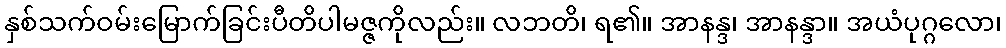
နှစ်သက်ဝမ်းမြောက်ခြင်းပီတိပါမဇ္ဇကိုလည်း။ လဘတိ၊ ရ၏။ အာနန္ဒ၊ အာနန္ဒာ။ အယံပုဂ္ဂလော၊